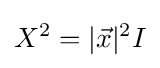
X^{2}=|{\vec {x}}|^{2}I